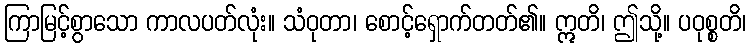
ကြာမြင့်စွာသော ကာလပတ်လုံး။ သံဝုတာ၊ စောင့်ရှောက်တတ်၏။ ဣတိ၊ ဤသို့။ ပဝုစ္စတိ၊